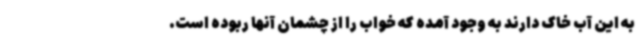
به این آب خاک دارند به وجود آمده که خواب را از چشمان آنها ربوده است.